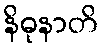
နိဓုနာတိ